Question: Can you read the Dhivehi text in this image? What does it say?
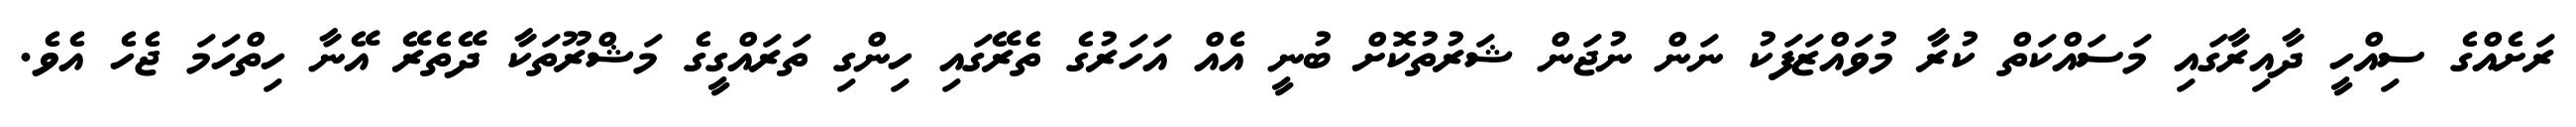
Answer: ރަށެއްގެ ސިއްހީ ދާއިރާގައި މަސައްކަތް ކުރާ މުވައްޒަފަކު ނަން ނުޖަން ޝަރުތުކޮށް ބުނީ އެއް އަހަރުގެ ތެރޭގައި ހިންގި ތަރައްގީގެ މަޝްރޫތަކާ ދޭތެރޭ އޭނާ ހިތްހަމަ ޖެހެ އެވެ.